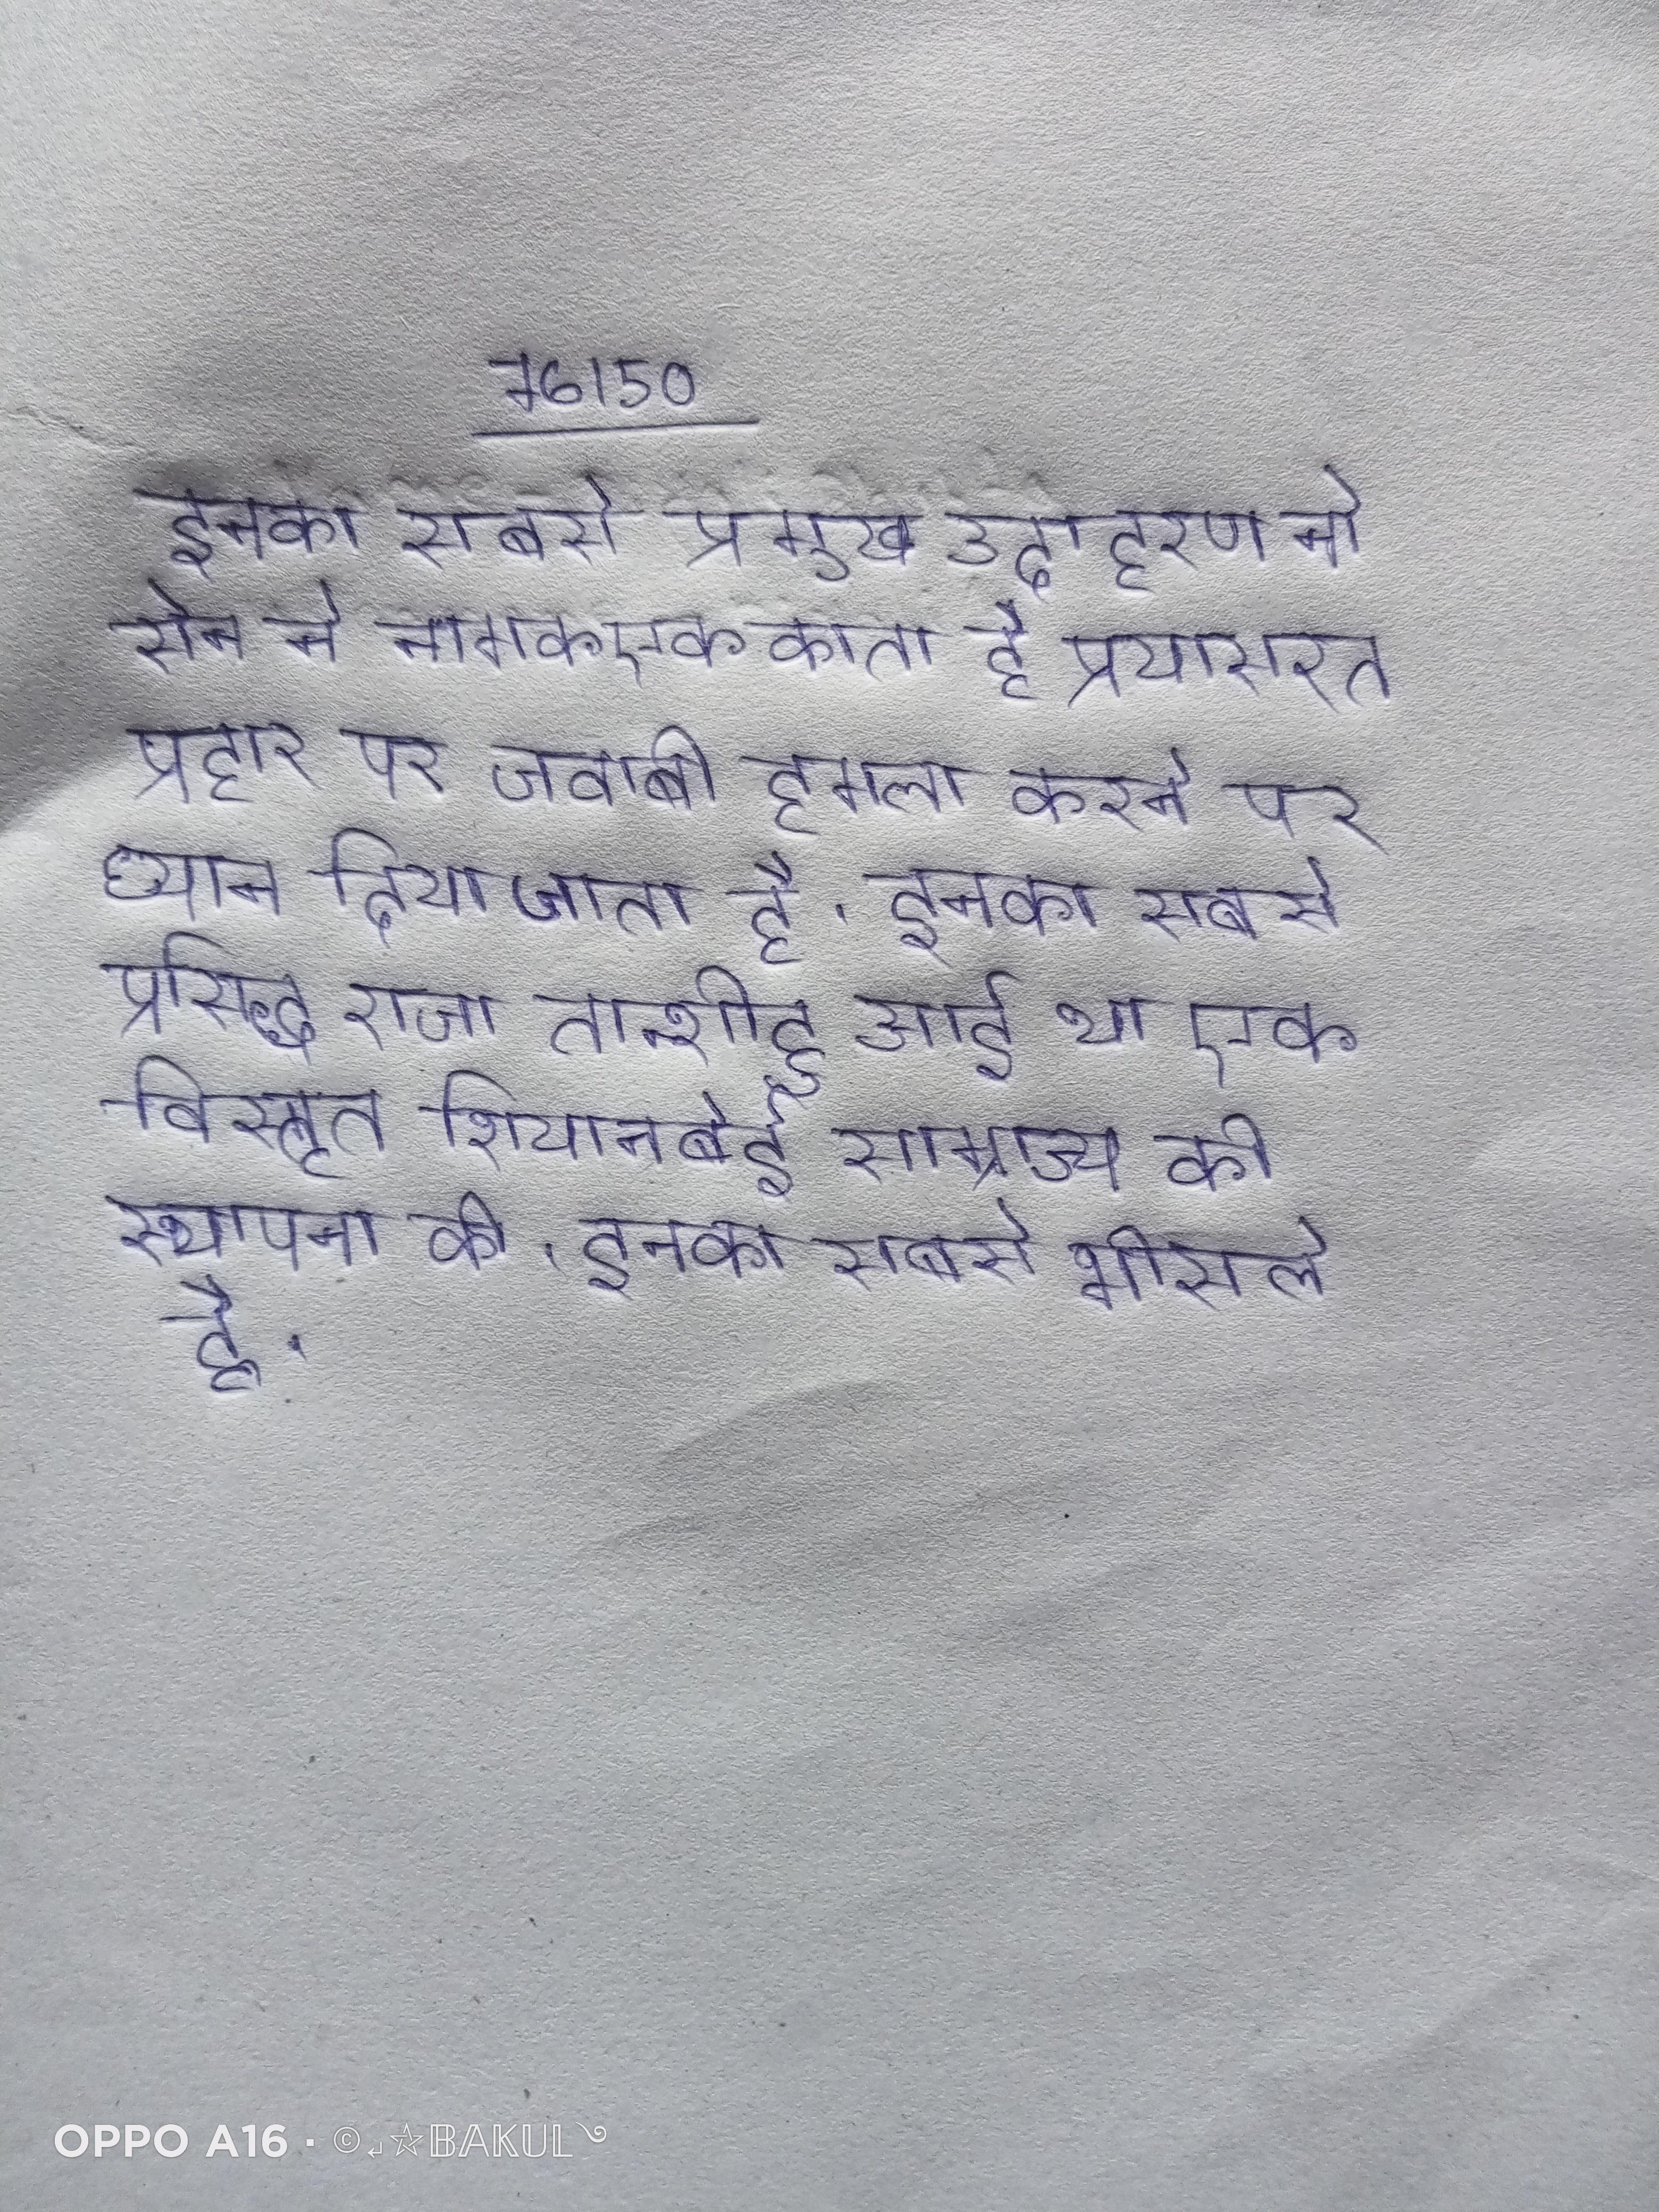
इनका सबसे प्रमुख उदाहरण नो सेन नो नामक एक काता है प्रयासरत प्रहार पर जवाबी हमला करने पर ध्यान दिया जाता है । इनका सबसे प्रसिद्ध राजा तान्शीहुआई था एक विस्तृत शियानबेई साम्राज्य की स्थापना की । इनका सबसे भोसले है ।